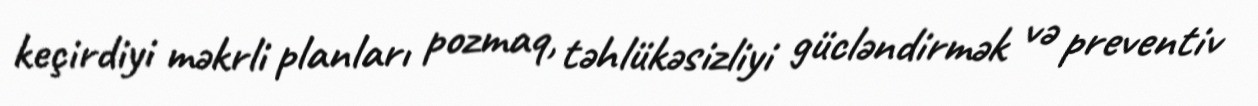
keçirdiyi məkrli planları pozmaq, təhlükəsizliyi gücləndirmək və preventiv